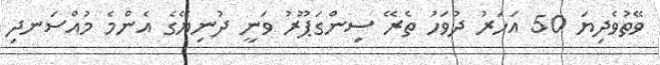
ވޭތުވެދިޔަ 50 އަހަރު ދުވަހު ތެރޭ ސިންގަޕޫރު ވަނީ ދުނިޔޭގެ އެންމެ މުއްސަނދި